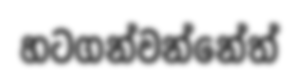
හටගන්වන්නේත්